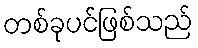
တစ်ခုပင်ဖြစ်သည်